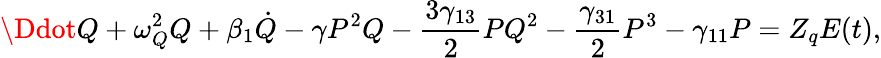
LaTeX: \Ddot{Q}+\omega_{Q}^{2}Q+\beta_{1}\dot{Q}-\gamma P^{2}Q-\frac{3\gamma_{13}}{2}PQ^{2}-\frac{\gamma_{31}}{2}P^{3}-\gamma_{11}P=Z_{q}E(t),